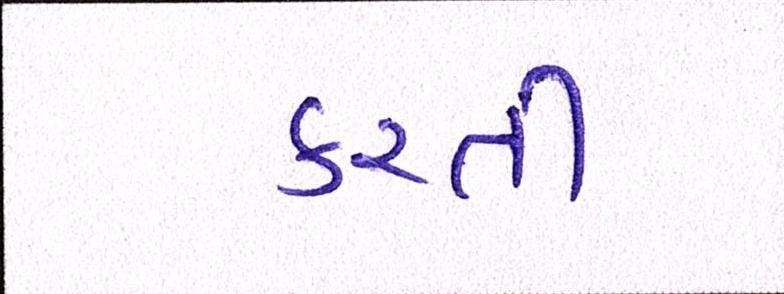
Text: કરતી